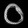
Digit: ၀